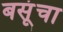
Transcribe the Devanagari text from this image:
बसूंचा